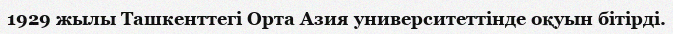
1929 жылы Ташкенттегі Орта Азия университеттінде оқуын бітірді.